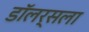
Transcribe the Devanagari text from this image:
डॉलर्सला